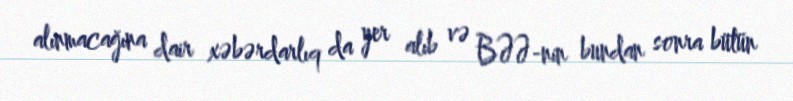
alınmacağına dair xəbərdarlıq da yer alıb və BƏƏ-nin bundan sonra bütün